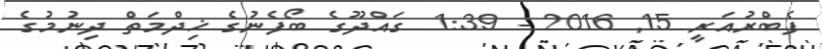
ފެބްރުއަރީ 15